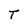
Character: T